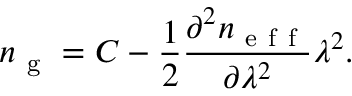
n _ { \mathrm { ~ g ~ } } = C - \frac { 1 } { 2 } \frac { \partial ^ { 2 } n _ { \mathrm { ~ e ~ f ~ f ~ } } } { \partial \lambda ^ { 2 } } \lambda ^ { 2 } .